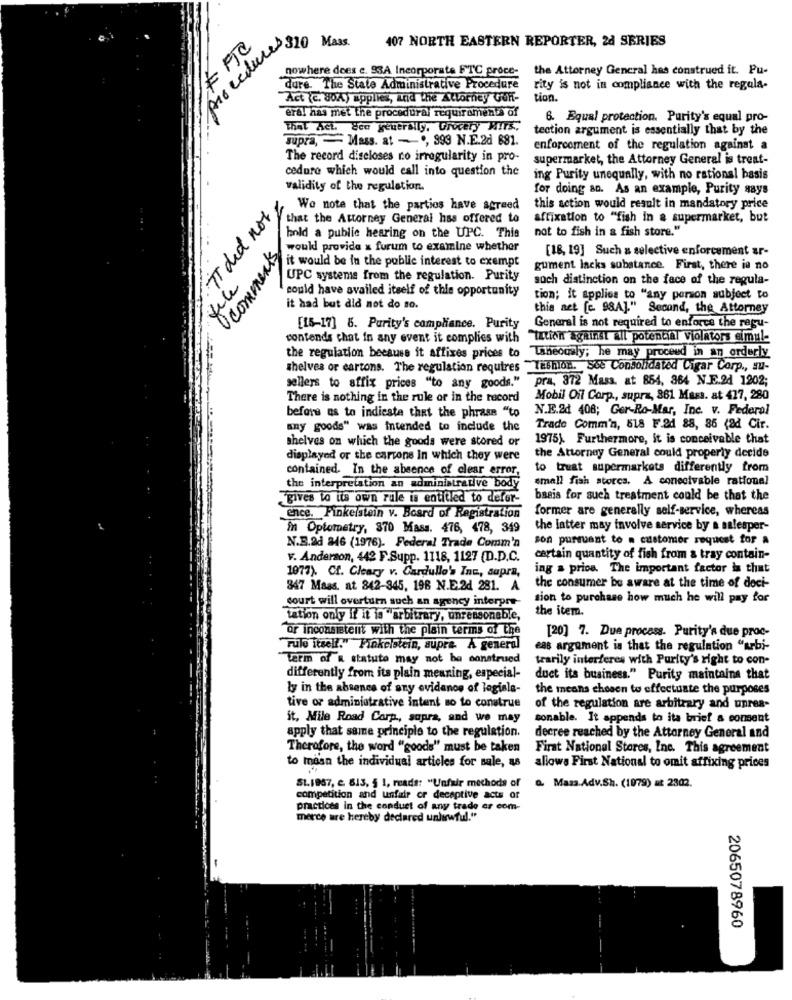
procedure $20 Mass
407 NORTH EASTERN REPORTER, 24 SERIES
nowhere does c. 93A Incorporate FTC proce-
the Attorney General has construed it. Pu-
Ture The State Administrative Procedure
rity is not in compliance with the regala-
Act (c. 80A) applies, and the Attorney GUR-
tion.
eral has met the procedural requirements of
6. Equal protection. Purity's equal pro-
That het Sen generally, Grocery HITS,
tection argument is essentially that by the
supra, - Mass. at - 9, 999 N.E.2d 881.
enforcement of the regulation against a
The record discloses ro irregularity in pro-
supermarket, the Attorney General is treat-
cedure which would call into question the
ing Purity unequally, with no rational basis
validity of the regulation.
for doing an. As an example, Purity says
. IT did not,
We note that the parties have agreed
this action would result in mandatory price
that the Attorney General has offered to
affixation to "fish in a supermarket, but
not to fish in & fish store."
hold a public hearing on the UPC. This
would provide a furum to examine whether
[18, 19] Such a selective enforcement ar-
Ocomments
it would be in the public interest to exempt
gument lacks substance. First, there is no
UPC systeme from the regulation. Purity
soch distinction on the face of the regula-
file
could have availed itself of this opportunity
tion; it applies to "any person subject to
it had but did not do so.
this act [c. 98A]." Second, the Attorney
[15-17] 6. Purity's compliance. Purity
General is not required to enforce the regu-
contends chat in any event it complies with
"Iation Against all potential violators simul-
the regulation because it affixes prices to Lheously; he may proceed in an orderly
shelves or cartons. The regulation requires "Tashion. See Consolidated Cigar Corp ., mu-
sellers to affix prices "to any goods." pra, 372 Mass. at 854, 384 N.E.24 1202;
There is nothing in the rule or in the record
Mobil Oil Corp ., supra, 861 Mass. at 477, 280
N.E.2d 408; Ger-Ro-Mar, Inc. v. Federal
before as to indicate that the phrase "to
any goods" was intended to include the
Trade Comm'n, 618 F.2d 88, 86 (ad Cir.
shelves on which the goods were stored or
1975). Furthermore, it is conceivable that
displayed or the cartons In which they were
the Attorney General could properly decide
to treat supermarkets differently from
contained. In the absence of clear error,
small fiah stores, A conceivable rational
the interpretation an administrative body
gives to its own rule is entitled to defor-
basis for such treatment could be that the
former are generally self-service, whereas
ence. Finkelstein v. Board of Registration
in Optometry, 370 Mass. 476, 478, 349
the latter may involve service by a salesper-
son pursuant to a customer request for a
N.B.ad 246 (1976). Federal Trade Comm'n
v. Anderson, 442 F.Supp. 1118, 1127 (D.D.C.
certain quantity of fish from a tray contain-
1077). Cf. Cleary v. Cardullo's Ine, supra,
ing & price. The important factor is that
847 Mass, at 842-345, 198 N.E.2d 281. A the consumer be aware at the time of doci-
court will overturn such an agency interpre-
sion to purchase how much he will pay for
the item.
Lation only if it is "arbitrary, unreasonable,
"or inconsistent with the plain terms of the
[20] 7. Due process. Purity's due proc-
"Tulo itself." Finkelstein, supra. A general
eas argument is that the regulation "arbi-
Term of a statuto may not be construed
trarily interferes with Purity's right to con-
differently from its plain meaning, especial-
duct its business." Purity maintains that
ly in the absence of any ovidanos of legisla-
the means chosen to effectuate the purposes
tive or administrative intent so to construe
of the regulation are arbitrary and unrea-
it, Mile Road Corp ., supra, and we may
sonable. It appends to ita brief a comment
apply that same principle to the regulation.
decree reached by the Attorney General and
Therefore, the word "goods" must be taken
Firat National Stores, Inc. This agreement
to maan the individual articles for sale, as
allows First National to omit affixing prices
SL.1967, C. 813, 5 1, reads: "Unfair methods of
&. Mass.Adv.Sh. (1979) at 2302.
competition and unfair or decaptive acts of
practices in the conduct of any trade er com-
merce are hereby declared unlawful."
2065078960